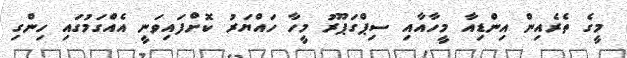
މީގެ ތެރެއިން އިންޑިއާ މީހާއާއި ސިޕްގަޕޫރު މީހާ ހައްޔަރު ކޮށްފައިވަނީ އެއްގަމުގައި ހިންގި